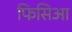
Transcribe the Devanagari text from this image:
फिसिआ